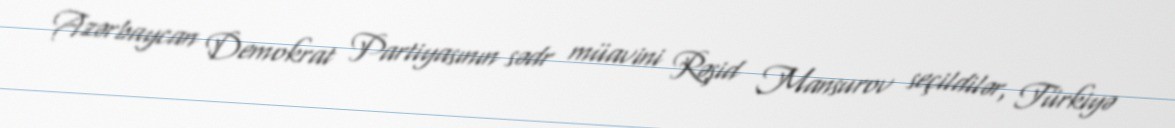
Azərbaycan Demokrat Partiyasının sədr müavini Rəşid Mansurov seçildilər, Türkiyə